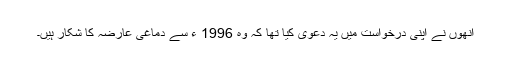
انھوں نے اپنی درخواست میں یہ دعویٰ کیا تھا کہ وہ 1996 ء سے دماغی عارضہ کا شکار ہیں۔